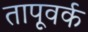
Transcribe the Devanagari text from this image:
तापूवर्क